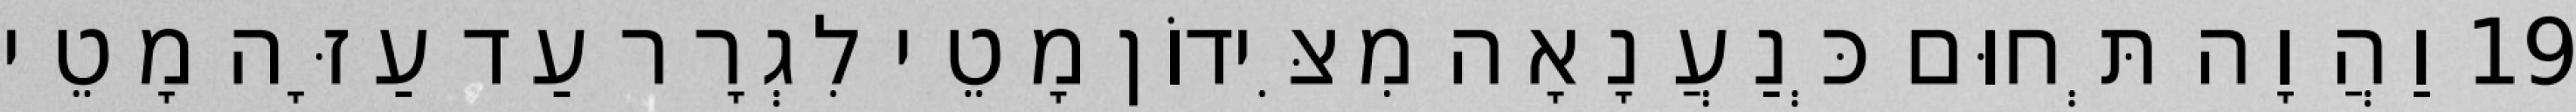
19 וַהֲוָה תְּחוּם כְּנַעֲנָאָה מִצִּידוֹן מָטֵי לִגְרָר עַד עַזָּה מָטֵי